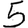
Digit: 5